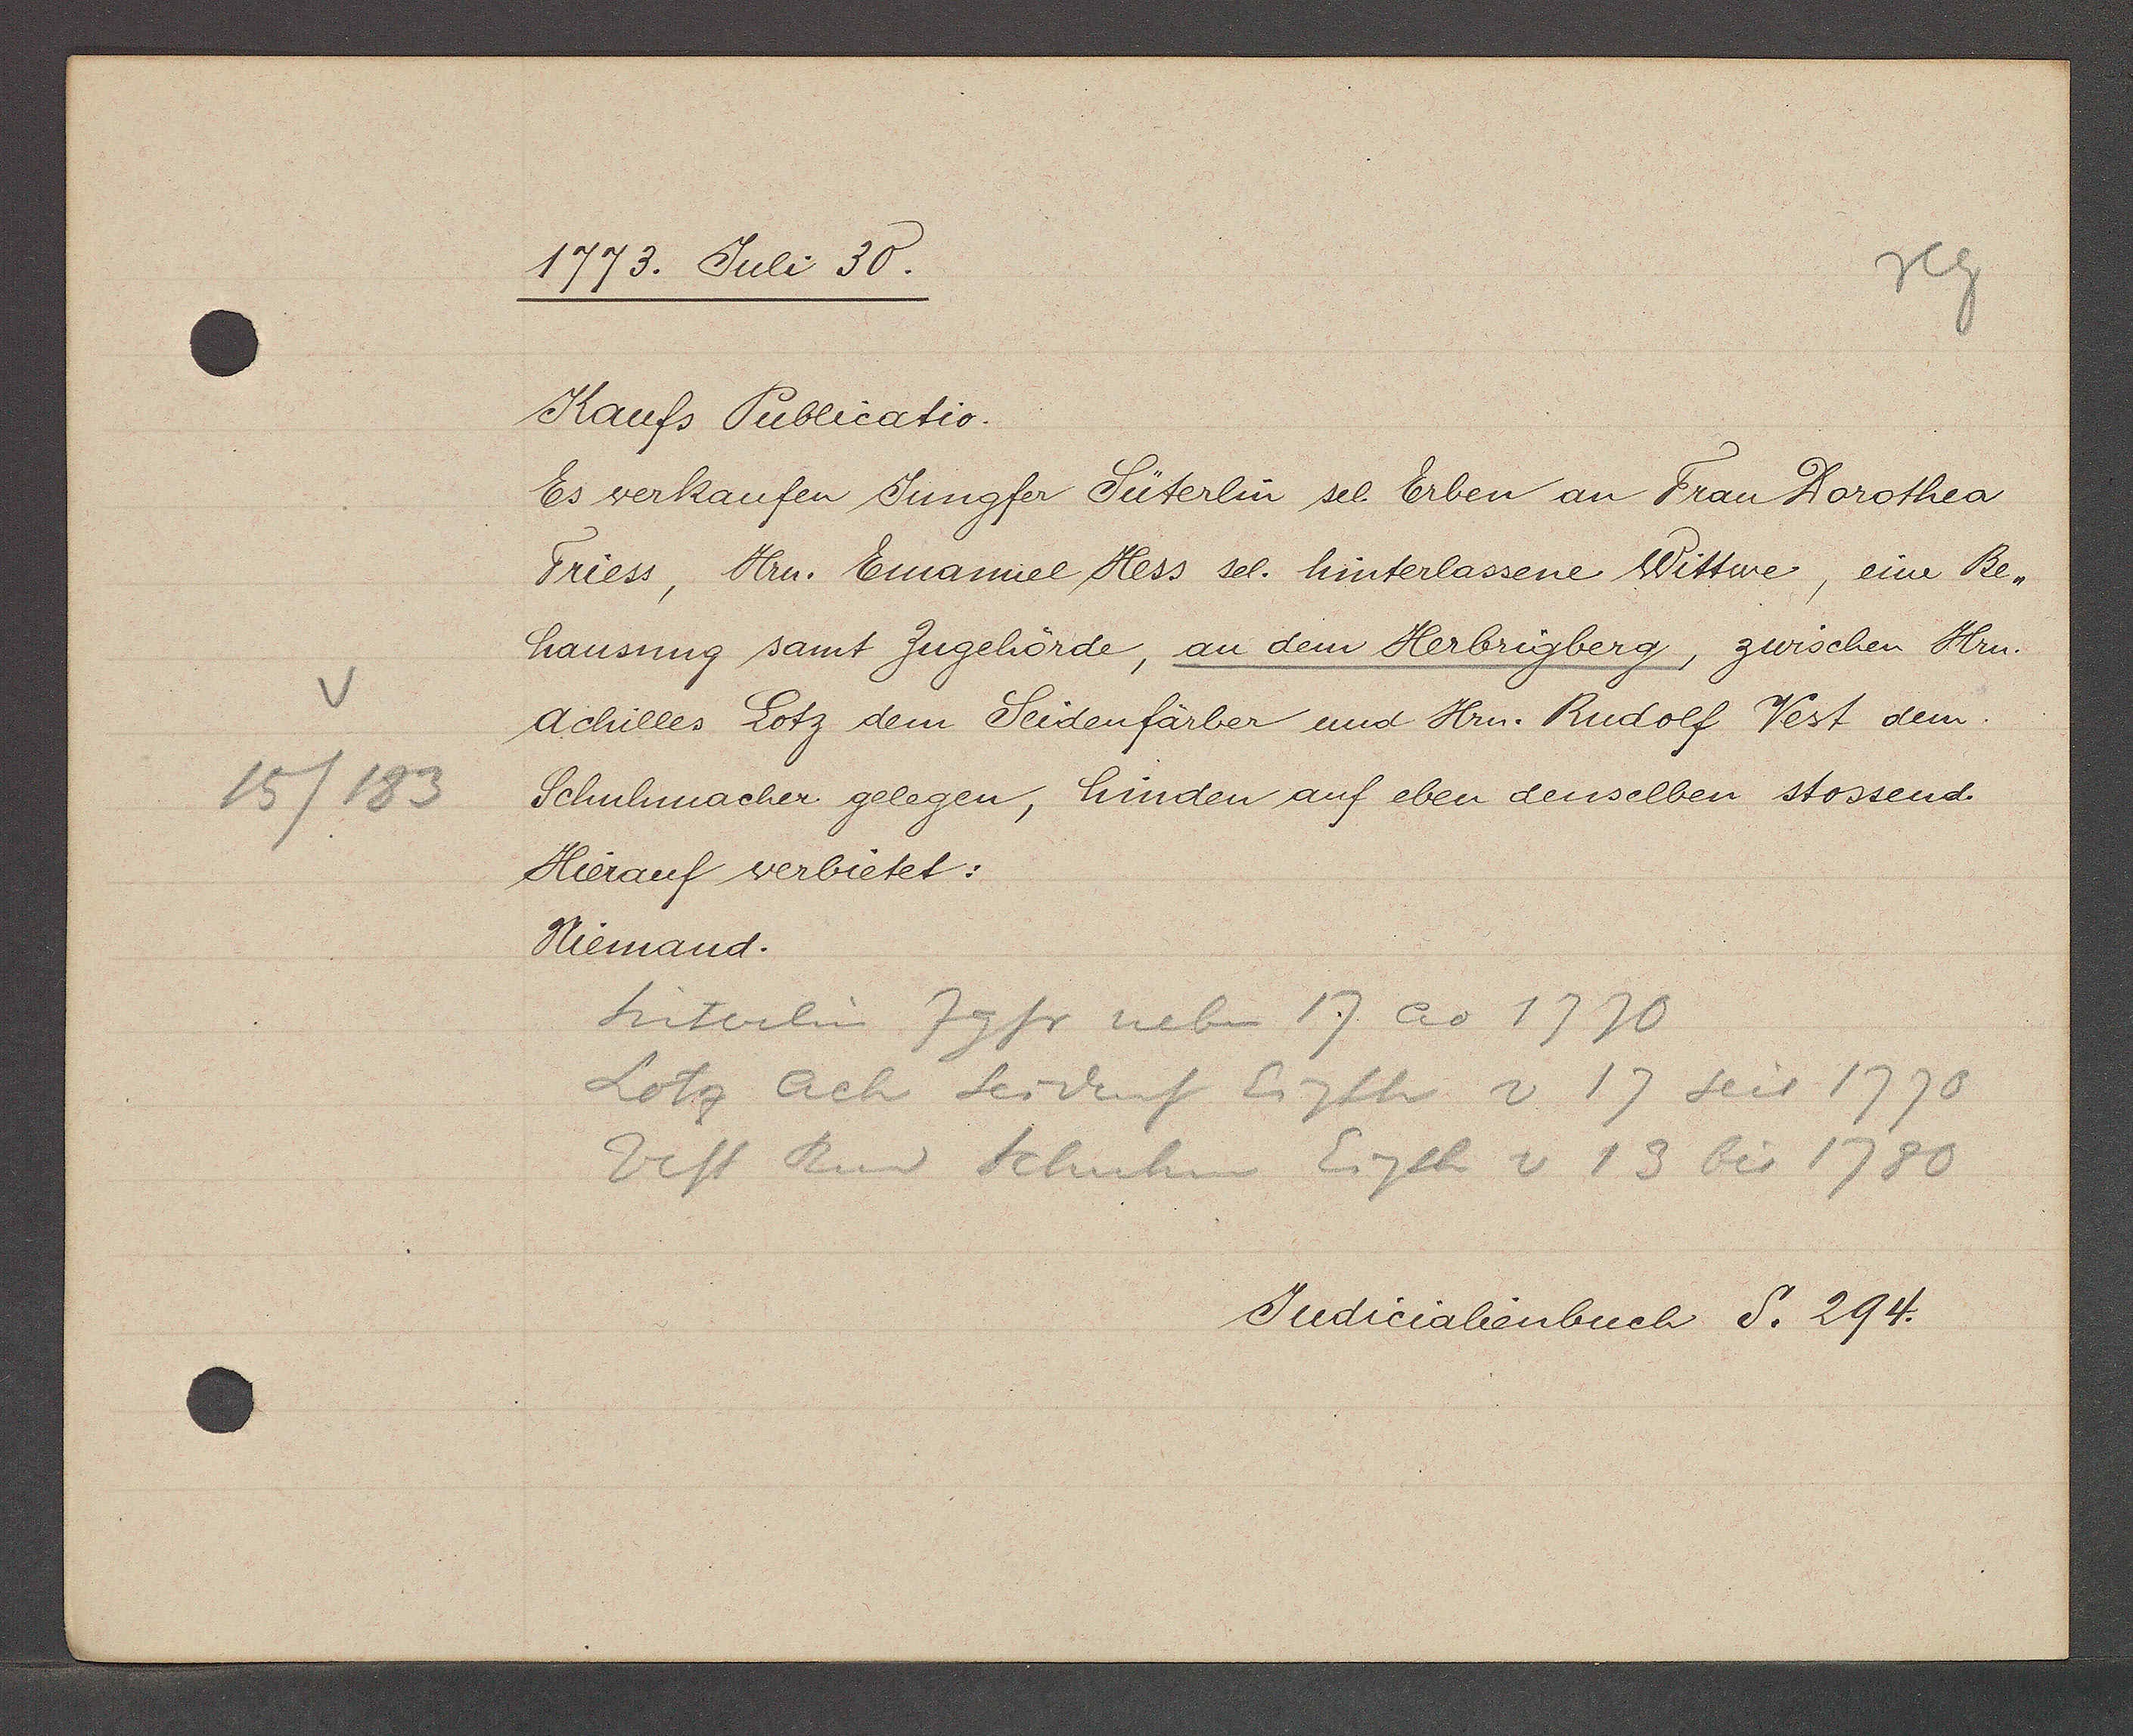
Transcript:
15/183

1773. Juli 30.

Kaufs Publicatio.
Es verkaufen Jungfer Süterlin sel. Erben an Frau Dorothea
Friess, Hrn. Emanuel Hess sel. hinterlassene Wittwe, eine Be¬
hausung samt Zugehörde, an dem Herbrigberg, zwischen Hrn.
Achilles Lotz dem Seidenfärber und Hrn. Rudolf Vest dem
Schuhmacher gelegen, hinden auf eben denselben stossend.
Hierauf verbietet:
Niemand.

Süterlin Jgfr neben 17 ao 1770
Lotz ach Seidenf Eigth v 17 seit 1770
Vest Rud Schuhm Eigth v 13 bis 1780

Judicalienbuch S. 294.